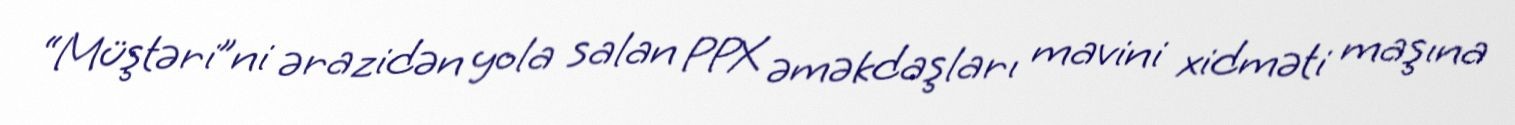
“Müştəri”ni ərazidən yola salan PPX əməkdaşları mavini xidməti maşına